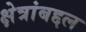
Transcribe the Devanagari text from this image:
क्षेत्रांबद्दल